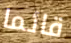
قائما